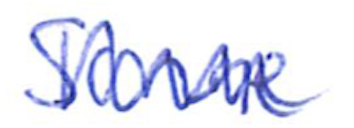
Text: Some
Cross-out: zig-zag
Writing tool: ballpoint